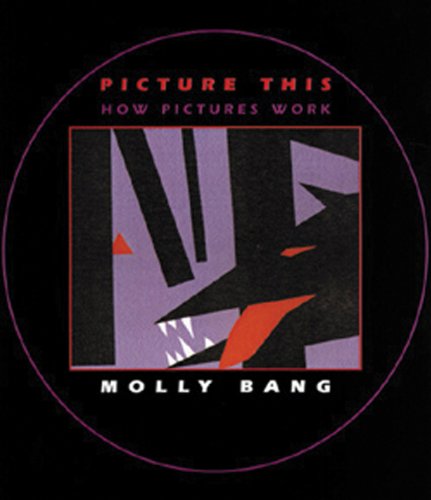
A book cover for Picture This: How Pictures Work; Molly Bang; Arts & Photography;